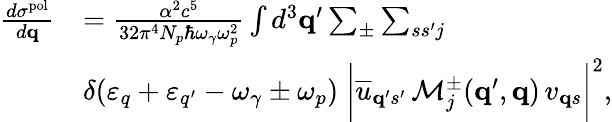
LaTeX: \begin{array}{rl}{\frac{d\sigma^{\mathrm{pol}}}{d{\mathbf q}}}&{=\frac{\alpha^{2}c^{5}}{32\pi^{4}N_{p}\hbar\omega_{\gamma}\omega_{p}^{2}}\int d^{3}{\mathbf q}^{\prime}\sum_{\pm}\sum_{ss^{\prime}j}}\\ &{\delta(\varepsilon_{q}+\varepsilon_{q^{\prime}}-\omega_{\gamma}\pm\omega_{p})\; \bigg|\overline{{u}}_{{\mathbf q}^{\prime}s^{\prime}}\, \mathcal{M}_{j}^{\pm}({\mathbf q}^{\prime},{\mathbf q})\, v_{{\mathbf q}s}\bigg|^{2},}\end{array}